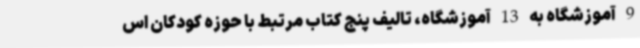
9 آموزشگاه به 13 آموزشگاه، تالیف پنج کتاب مرتبط با حوزه کودکان اس